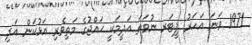
1971 ވަނަ އަހަރު ޕީޓަރ ނުވަތަ އަދީމަކީ ޙައްޖުގެ މަތިވެރި އަޅުކަން އަދި